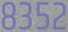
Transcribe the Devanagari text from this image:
८३५२